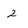
Character: 2